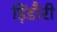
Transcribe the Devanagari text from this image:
ड़िंडौरी